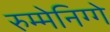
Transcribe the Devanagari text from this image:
रुम्मेनिग्गे